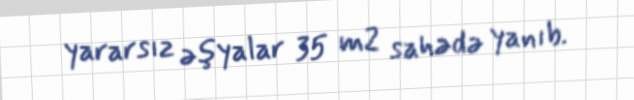
yararsız əşyalar 35 m2 sahədə yanıb.